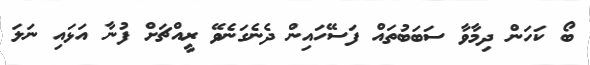
ބޯ ކަހަން ދިމާވާ ސަބަބުތައް ފަސޭހައިން ދެނެގަނެވޭ ރީއްޗަށް ފުނާ އަޅައި ނަލަ